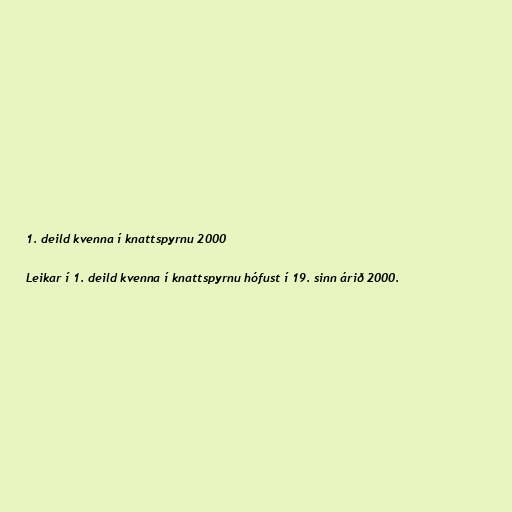
1. deild kvenna í knattspyrnu 2000

Leikar í 1. deild kvenna í knattspyrnu hófust í 19. sinn árið 2000.